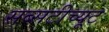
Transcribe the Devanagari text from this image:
सब्सटीच्यूट